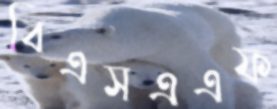
বিএসএএফ